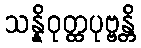
သန္နိဝုတ္ထပုဗ္ဗန္တိ